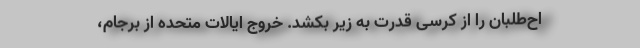
اح‌طلبان را از کرسی قدرت به زیر بکشد. خروج ایالات متحده از برجام،